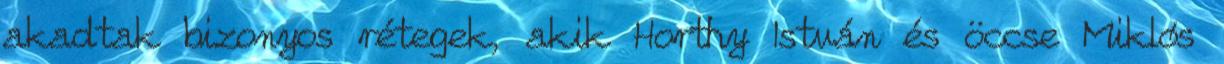
akadtak bizonyos rétegek, akik Horthy István és öccse Miklós